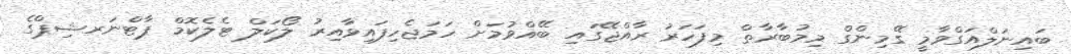
ބައިނަލްއަގްވާމީ ގޭމިންގް މިމުބާރާތް މިފަހަރު ރާއްޖޭގައި ބޭއްވުމަށް ހަމަޖެހިފައިވާއިރު ލޯކަލް ޓެލެކޮމް ޕާޓްނަރޝިޕްގެ